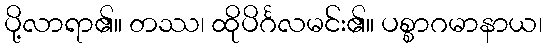
ပို့လာရာ၏။ တဿ၊ ထိုပိင်္ဂလမင်း၏။ ပစ္စာဂမာနာယ၊